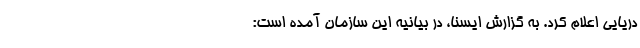
دریایی اعلام ‌کرد. به گزارش ایسنا، در بیانیه این سازمان آمده است: